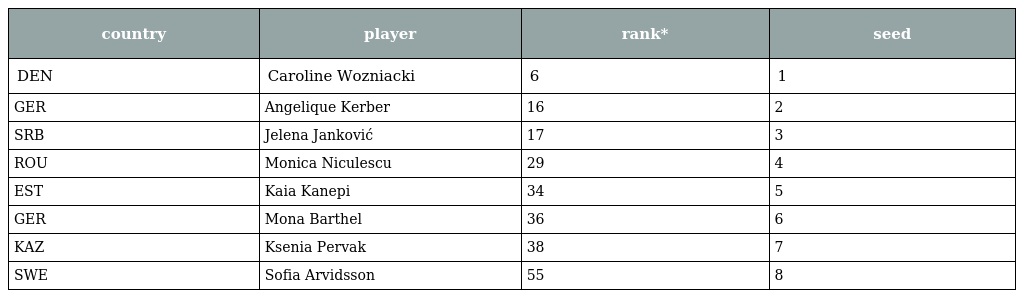
| country | player | rank* | seed |
 | --- | --- | --- | --- |
 | DEN | Caroline Wozniacki | 6 | 1 |
 | GER | Angelique Kerber | 16 | 2 |
 | SRB | Jelena Janković | 17 | 3 |
 | ROU | Monica Niculescu | 29 | 4 |
 | EST | Kaia Kanepi | 34 | 5 |
 | GER | Mona Barthel | 36 | 6 |
 | KAZ | Ksenia Pervak | 38 | 7 |
 | SWE | Sofia Arvidsson | 55 | 8 |